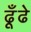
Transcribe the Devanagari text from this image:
ढूँढे